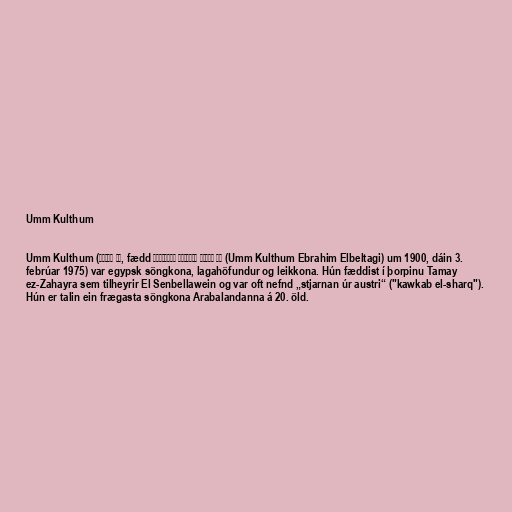
Umm Kulthum

Umm Kulthum (أم كلثوم, fædd أم كلثوم إبراهيم البلتاجي (Umm Kulthum Ebrahim Elbeltagi) um 1900, dáin 3.
febrúar 1975) var egypsk söngkona, lagahöfundur og leikkona. Hún fæddist í þorpinu Tamay
ez-Zahayra sem tilheyrir El Senbellawein og var oft nefnd „stjarnan úr austri“ ("kawkab el-sharq").
Hún er talin ein frægasta söngkona Arabalandanna á 20. öld.